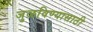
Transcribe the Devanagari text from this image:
जुळविण्यासाठी